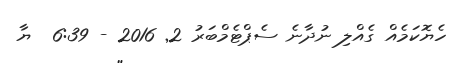
ހެޔޮކަމެއް ގެއްލި ނުދާނެ ސެޕްޓެމްބަރު 2